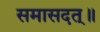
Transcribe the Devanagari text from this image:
समासदत्॥